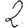
Digit: 2